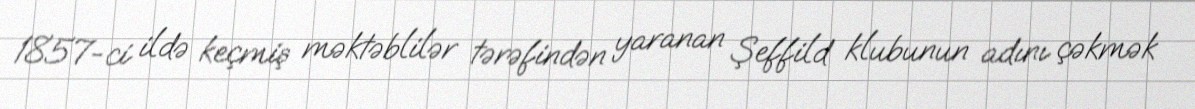
1857-ci ildə keçmiş məktəblilər tərəfindən yaranan Şeffild klubunun adını çəkmək